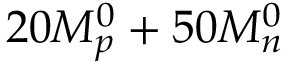
2 0 M _ { p } ^ { 0 } + 5 0 M _ { n } ^ { 0 }